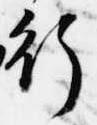
行